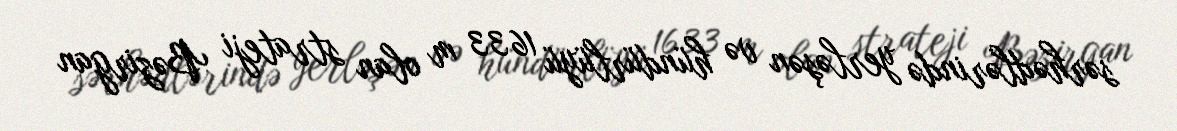
sərhədlərində yerləşən və hündürlüyü 1633 m olan strateji Bəzirgan